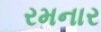
રમનાર